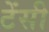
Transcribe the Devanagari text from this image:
टेंसी